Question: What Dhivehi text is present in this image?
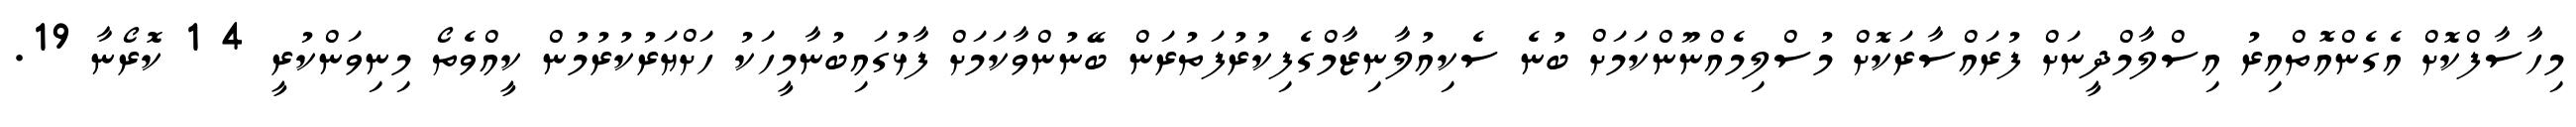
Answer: މިހާސާފްކޮށް އެގެންއޮތްއިރު އިސްލާމްދީނަށް ފުރައްސާރަކޮށް މުސްލިމެއްނޫންކަމަށް ބުނެ ސެކިއުލާނިޒާމްގެފިކުރުފަތުރަން ބޭނުންވާކަމަށް ފާޅުގައިބުނާމީހަކު ހަށްޔަރުކުރުމުން ކީއްވެތޯ މިނިވަންކުރީ 4 1 ކޮރޯނާ 19.